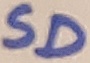
Text: SD